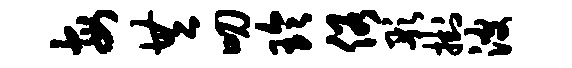
每共叨玲俗彤挂波